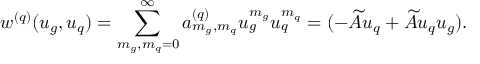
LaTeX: w ^ { ( q ) } ( u _ { g } , u _ { q } ) = \sum _ { m _ { g } , m _ { q } = 0 } ^ { \infty } a _ { m _ { g } , m _ { q } } ^ { ( q ) } u _ { g } ^ { m _ { g } } u _ { q } ^ { m _ { q } } = ( - \widetilde A u _ { q } + \widetilde A u _ { q } u _ { g } ) .